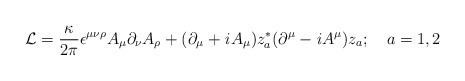
\begin{align*}{\cal L} = \frac{\kappa}{2\pi} \epsilon^{\mu \nu \rho} A_{\mu} \partial_{\nu} A_{\rho} + (\partial_{\mu} + {\it i} A_{\mu}) z^*_a (\partial^{\mu} - {\it i} A^{\mu}) z_a ;~~~ a = 1,2\end{align*}